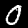
Label: 0